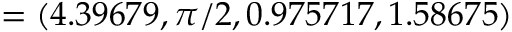
= ( 4 . 3 9 6 7 9 , \pi / 2 , 0 . 9 7 5 7 1 7 , 1 . 5 8 6 7 5 )